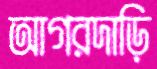
আগরদাড়ি